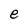
Character: e